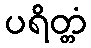
ပရိတ္တံ